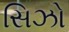
સિઝો